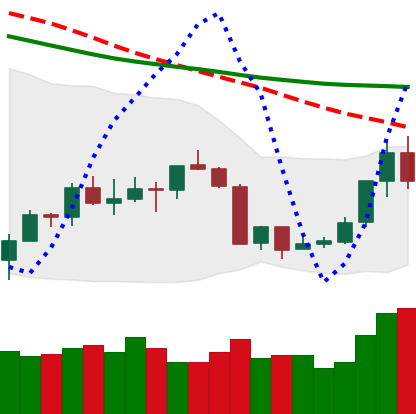
Ticker: ETH-USD
Chart end date: 2018-07-18
Forward return: -6.173%
Label: down_5_7